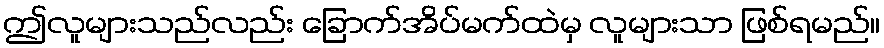
ဤလူများသည်လည်း ခြောက်အိပ်မက်ထဲမှ လူများသာ ဖြစ်ရမည်။